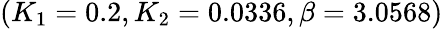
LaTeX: (K_{1}=0.2,K_{2}=0.0336,\beta=3.0568)